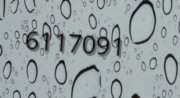
6117091